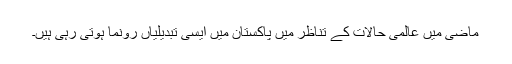
ماضی میں عالمی حالات کے تناظر میں پاکستان میں ایسی تبدیلیاں رونما ہوتی رہی ہیں۔